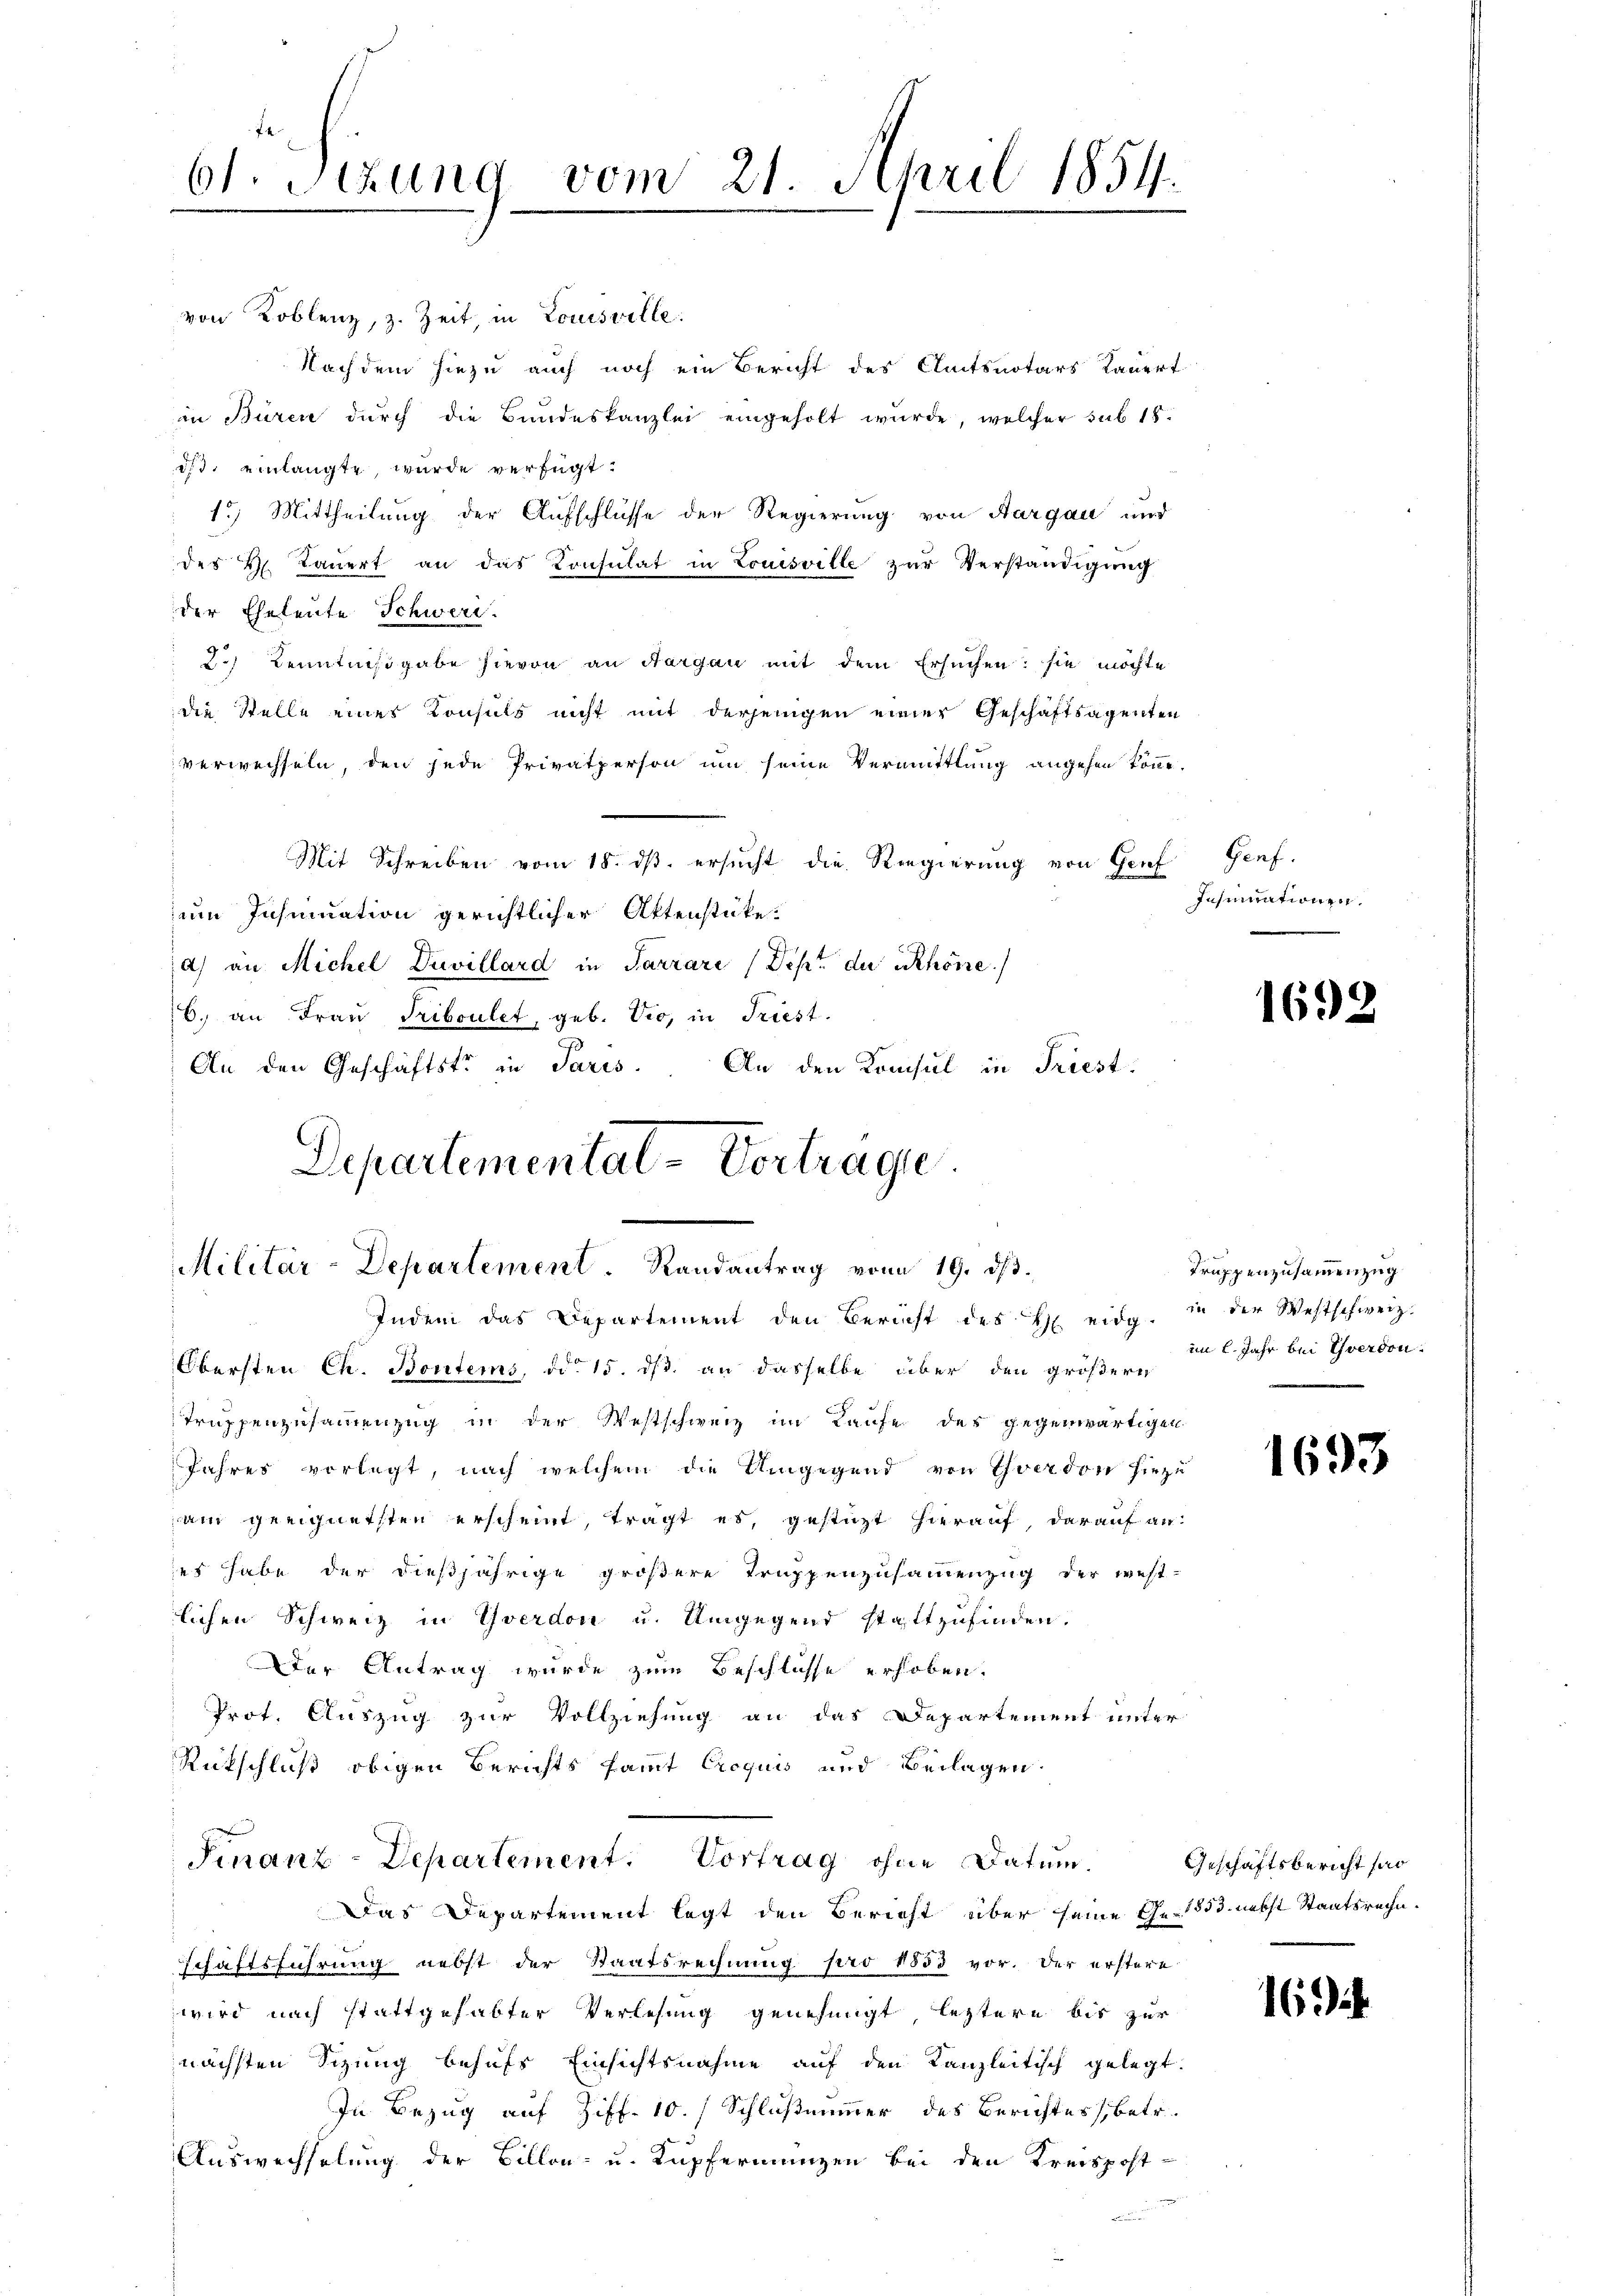
61. Sitzung vom 21. April 1854.

von Koblenz, z. Zeit, in Louisville.
Nachdem hiezu auch noch ein Bericht des Amtsnotars Lauert
in Büren durch die Bundeskanzlei eingeholt wurde, welcher sub 18.
dd. einlangte, wurde verfügt:
1.) Mittheilung der Aufschlüsse der Regierung von Aargau und
des H. Tauert an das Konsulat in Louisville zur Verständigung
der Eheleute Schwere.
2.) Kenntnißgabe hievon an Sargau mit dem Ersuchen: sie möchte
die Stelle eines Konsuls nicht mit derjenigen einer Geschäftsagenten
verwechseln, den jede Privatperson um seine Vermittlang angehen könne.
Mit Schreiben vom 18. ds. ersucht die Regierung von Gruf
um Insinuation gerichtlicher Aktenstücke.
a) an Michel Duvillard in Sarrare (Dept der Schöne
6. an Frau Triboulet, geb. Vio, in Friest.
An den Geschäftste in Paris. An den Konsul in Friest.
Departemental-Vertrage.

Militär-Departement. Randantrag vom 19. ds.
Indem das Departement den Bericht des Heidg

Obersten Ch. Bontems, d. 15. ds. an dasselbe über den größere
Truppenzusammenzug in der Westschweiz im Laufe der gegenwärtigen
Jahres verlegt, nach welchem die Umgegend von Yverdon hiezu
ain geeignetsten erscheint, tragt es, gestüzt hierauf, darauf an:
jes habe der dießjährige größere Truppenzusammenzug der west-
lichen Schweiz in Yverdon u. Umgegend stattzufinden.
Der Antrag wurde zum Beschlüsse erhoben.
Prot. Auszug zur Vollziehung an das Departement unter
Rückschluß obigen Berichts sammt Croquis und Beilagen
Finanz-Departement. Vortrag ohne Datum.
Das Departement legt den Bericht über seine Ge- 853. nebst Staatsrechn.
schäftsführung nebst der Staatsrechnung pro 1853 vor. Der erstere
wird nach stattgehabter Verlesung genehmigt leztere bis zur
nächsten Sizung behufs Einsichtsnahme auf den Kanzleitisch gelegt.
In Bezug auf Ziff. 10. / Schlußnimmer des Berichtes, betr.
Auswechselung der Billon- u. Kupferienzen bei den Kreispost-

Genf.
Insinuationen.

1692

Truppenzusammenzug
in der Westschweiz.
im 2. Jahr bei Yverdon

1693

Geschäftsbericht so

16